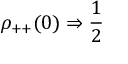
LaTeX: \rho _ { + + } ( 0 ) \Rightarrow { \frac { 1 } { 2 } }